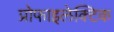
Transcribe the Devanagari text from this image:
प्रोफाइलेक्टिक